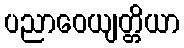
ပညာဝေယျတ္တိယာ